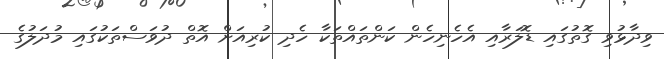
ވިދާޅުވި ގޮތުގައި ޑޮލަރާއި އެހެނިހެން ކަންތައްތަކާ ހެދި ކުރިއަށް އޮތް ދުވަސްތަކުގައި މުދަލުގެ